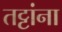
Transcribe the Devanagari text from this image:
तट्टांना